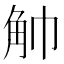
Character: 𧢹